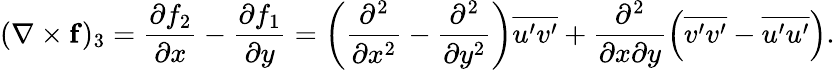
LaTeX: (\mathbf{\nabla\times f})_{3}=\frac{\partial f_{2}}{\partial x}-\frac{\partial f_{1}}{\partial y}=\left(\frac{\partial^{2}}{\partial x^{2}}-\frac{\partial^{2}}{\partial y^{2}}\right)\overline{{{u}^{\prime}{v}^{\prime}}}+\frac{\partial^{2}}{\partial x\partial y}\left(\overline{{{v}^{\prime}{v}^{\prime}}}-\overline{{{u}^{\prime}{u}^{\prime}}}\right).